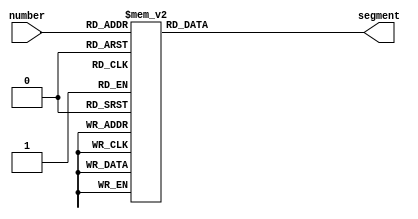
/* "a b c d e f g h"
    *   --a--
 *  *  |     |
 *  *  f     b
 *  *  |     |
 *  *   --g--
 *  *  |     |
 *  *  e     c
 *  *  |     |
 *  *   --d--
 *  */

module nibble (
	       input wire [3:0] number,
	       output reg [7:0] segment
	       );
   always @(number)
     case(number)
       4'h0: segment <= 8'b11000000;
       4'h1: segment <= 8'b11111001;
       4'h2: segment <= 8'b10100100;
       4'h3: segment <= 8'b10110000;
       4'h4: segment <= 8'b10011001;
       4'h5: segment <= 8'b10010010;
       4'h6: segment <= 8'b10000010;
       4'h7: segment <= 8'b11111000;
       4'h8: segment <= 8'b10000000;
       4'h9: segment <= 8'b10010000;
       4'ha: segment <= 8'b10001000;
       4'hb: segment <= 8'b10000011;
       4'hc: segment <= 8'b11000110;
       4'hd: segment <= 8'b10100001;
       4'he: segment <= 8'b10000110;
       4'hf: segment <= 8'b10001110;
       default: segment <= 8'bx;
     endcase // case (number)
endmodule // nibble

module display (
		input wire clk,
		input wire [31:0] num,

		output reg[7:0] seg,
		output reg[3:0] an
		);


   reg [15:0] 			count = 0;

   wire [1:0] 			n;


   assign n = count[15:14];


   always @(posedge clk) begin
      count = count + 1'b1;

      case(n)
	0: seg <= num[31:24];
	1: seg <= num[23:16];
	2: seg <= num[15:8];
	3: seg <= num[7:0];

      endcase // case (n)
      case(n)
	0: an <= 4'b1110;
	1: an <= 4'b1101;
	2: an <= 4'b1011;
	3: an <= 4'b0111;

      endcase // case (n)
   end // always @ (posedge clk)

endmodule // display

module nexys7seg_wb (input rst_i,
		     input 	  clk_i,
		     input [15:0] wb_dat_i,
		     input [1:0]  wb_sel_i,
		     input 	  wb_we_i,
		     input 	  wb_cyc_i,
		     input 	  wb_stb_i,
		     output 	  wb_ack_o,
		     input clk_100mhz_i,
		     output [7:0] seg,
		     output [3:0] an);

   reg [15:0] 			  value = 15'h00;

   reg 				  ack = 1'b0;
   assign wb_ack_o = ack;
   
   always @(posedge clk_i)
     begin
	value <= (wb_we_i & wb_stb_i & wb_cyc_i) ? wb_dat_i[15:0] : value;
	ack <= wb_stb_i & wb_cyc_i;
     end
   
   nexys7seg display (.clk (clk_100mhz_i),
		      .word (value),
		      .seg (seg),
		      .an (an));

endmodule // nexys7seg_wb


module nexys7seg (
		   input wire clk,
		   input wire [15:0] word,
		   output wire [7:0] seg,
		   output wire [3:0] an
		   );
   wire [31:0] 			     num;

   nibble conv1(.number(word[15:12]), .segment(num[7:0]));
   nibble conv2(.number(word[11:8]),  .segment(num[15:8]));
   nibble conv3(.number(word[7:4]),   .segment(num[23:16]));
   nibble conv4(.number(word[3:0]),   .segment(num[31:24]));
   display display(.clk(clk), .num(num), .seg(seg), .an(an));

endmodule // hexdisplay